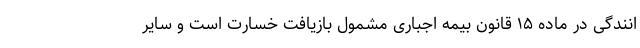
انندگی در ماده ۱۵ قانون بیمه اجباری مشمول بازیافت خسارت است و سایر